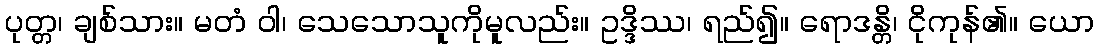
ပုတ္တ၊ ချစ်သား။ မတံ ဝါ၊ သေသောသူကိုမူလည်း။ ဥဒ္ဒိဿ၊ ရည်၍။ ရောဒန္တိ၊ ငိုကုန်၏။ ယော